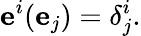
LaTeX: \mathbf{e}^{i}(\mathbf{e}_{j})=\delta_{j}^{i}.